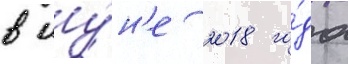
в иу́н'е 2018 го́да